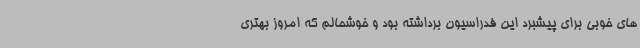
های خوبی برای پیشبرد این فدراسیون برداشته بود و خوشحالم که امروز بهتری